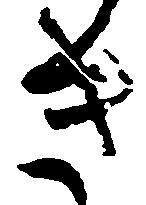
き